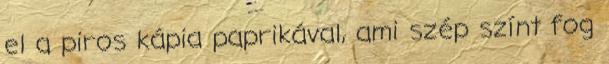
el a piros kápia paprikával, ami szép színt fog